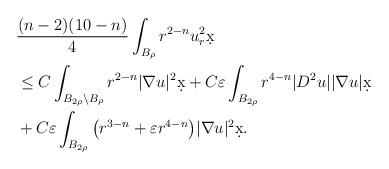
LaTeX: \begin{align*}&\frac{(n-2)(10-n)}{4} \int_{B_{\rho}} r^{2-n} u_r^2 \d x\\& \leq C \int_{B_{2\rho} \setminus B_{\rho}} r^{2-n} |\nabla u|^2 \d x +C \varepsilon \int_{B_{2\rho}} r^{4-n} |D^2 u| |\nabla u| \d x \\& + C \varepsilon \int_{B_{2\rho}} \big( r^{3-n} + \varepsilon r^{4-n}\big) |\nabla u|^2 \d x.\end{align*}